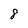
Character: 8